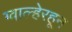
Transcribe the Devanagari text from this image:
ग्वाल्हेरहून